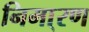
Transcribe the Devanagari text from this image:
निमा्रण